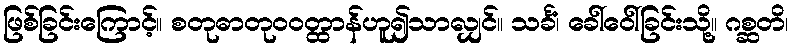
ဖြစ်ခြင်းကြောင့်။ စတုဓာတုဝဝတ္ထာန်ဟူ၍သာလျှင်။ သင်္ခံ၊ ခေါ်ဝေါ်ခြင်းသို့။ ဂစ္ဆတိ၊